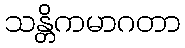
သန္တိကမာဂတာ